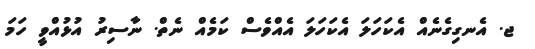
ޖ. އެނގިގެނެއް އެކަހަލަ އެކަހަލަ އެއްވެސް ކަމެއް ނެތް. ނާސިރު އުޅުއްވީ ހަމަ